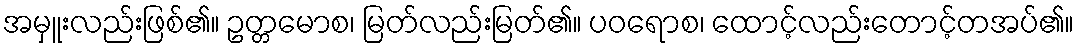
အမှူးလည်းဖြစ်၏။ ဥတ္တမောစ၊ မြတ်လည်းမြတ်၏။ ပဝရောစ၊ ထောင့်လည်းတောင့်တအပ်၏။